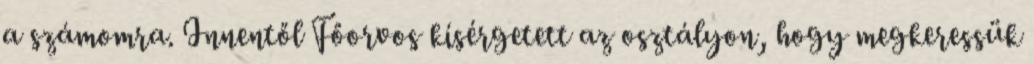
a számomra. Innentől Főorvos kísérgetett az osztályon, hogy megkeressük